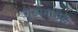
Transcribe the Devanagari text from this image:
गुंडीमधील